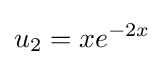
u_{2}=xe^{-2x}